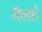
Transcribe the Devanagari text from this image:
सॅलडे